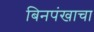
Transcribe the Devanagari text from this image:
बिनपंखाचा